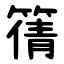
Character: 篟